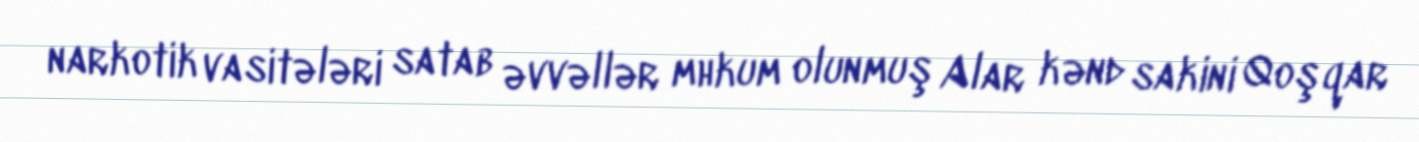
narkotik vasitələri satab əvvəllər mhkum olunmuş Alar kənd sakini Qoşqar